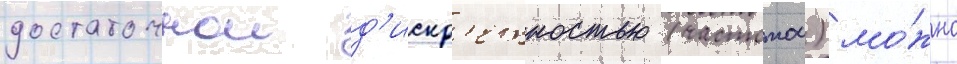
достаточнои д'искр'етностью (частотои) мо́жно